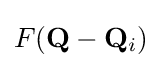
F(\mathbf {Q} -\mathbf {Q} _{i})